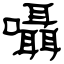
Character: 囁